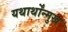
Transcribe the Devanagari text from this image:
यथार्थोंन्मुख